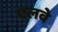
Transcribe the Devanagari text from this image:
एलवे